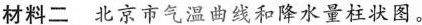
材料二 北京市气温曲线和降水量柱状图。